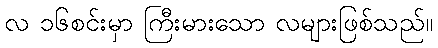
လ ၁၆စင်းမှာ ကြီးမားသော လများဖြစ်သည်။